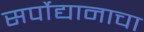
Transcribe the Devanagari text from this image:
सर्पोद्यानाचा